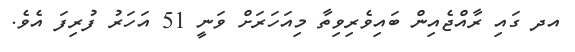
އދ ގައި ރާއްޖެއިން ބައިވެރިވިތާ މިއަހަރަށް ވަނީ 51 އަހަރު ފުރިފަ އެވެ.